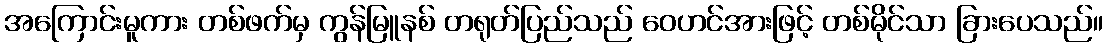
အကြောင်းမူကား တစ်ဖက်မှ ကွန်မြူနစ် တရုတ်ပြည်သည် ဝေဟင်အားဖြင့် တစ်မိုင်သာ ခြားပေသည်။